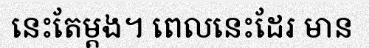
នេះតែម្តង។ ពេលនេះដែរ មាន